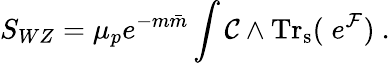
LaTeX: S_{WZ}={\mu_{p}e^{-m{\bar{m}}}}\int{\cal C}\wedge\mathrm{Tr_{s}}(\; e^{{\cal F}})\ .